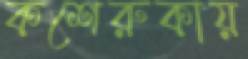
কশেরুকায়